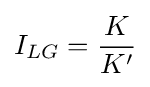
I_{LG}={\frac {K}{K'}}